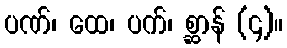
ပဏ်၊ ထေ၊ ပက်၊ စ္ဆာန် (၄)။